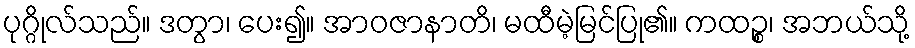
ပုဂ္ဂိုလ်သည်။ ဒတွာ၊ ပေး၍။ အာဝဇာနာတိ၊ မထီမဲ့မြင်ပြု၏။ ကထဉ္စ၊ အဘယ်သို့